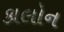
કાલોન